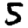
Digit: 5